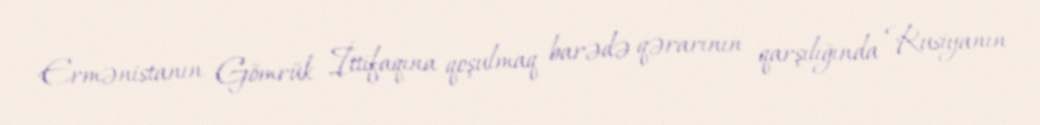
Ermənistanın Gömrük İttifaqına qoşulmaq barədə qərarının qarşılığında Rusiyanın